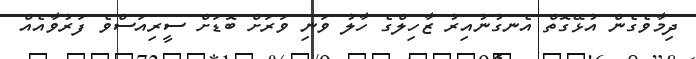
ދިމާވެގެން އުޅޭގޮތް އެނގުނުއިރު ޒާހިލްގެ ހާލު ވަނި ވަރަށް ބޮޑަށް ސީރިއަސްވެ ފަރުވާއެއް